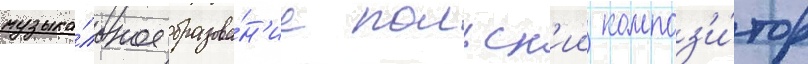
музыка́льное образова́н'ие польск'ии композ'и́тор